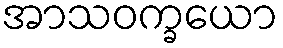
အာသဝက္ခယော